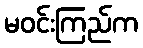
မဝင်းကြည်က